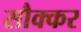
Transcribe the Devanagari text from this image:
सौक्कर